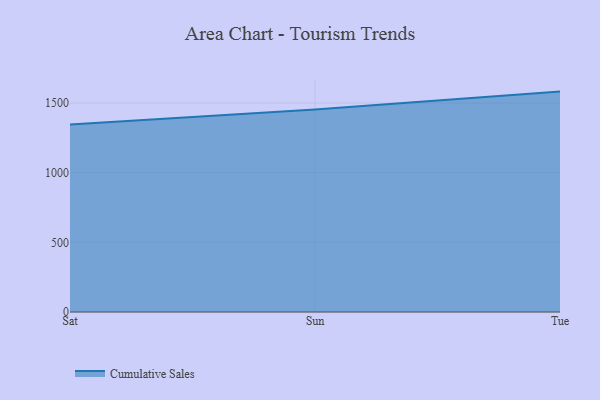
{"axis": {"x": "Day", "y": "Operating Costs (USD K)"}, "legend": ["Cumulative Sales"], "data": [{"x": "Sat", "y": 1346.0, "type": "Cumulative Sales"}, {"x": "Sun", "y": 1453.2, "type": "Cumulative Sales"}, {"x": "Tue", "y": 1582.5, "type": "Cumulative Sales"}]}